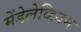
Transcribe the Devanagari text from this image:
मेंडेलेव्हियम